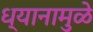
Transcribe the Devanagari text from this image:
ध्यानामुळे